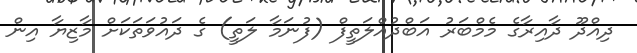
ދިއްދޫ ދާއިރާގެ މެމްބަރު އަބްދުއްލަތީފް (ފުނަމާ ލަތީ) ގެ ދައުވަތަކަށް މާޒިޔާ އިން